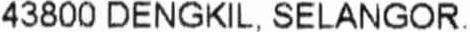
43800 DENGKIL, SELANGOR.